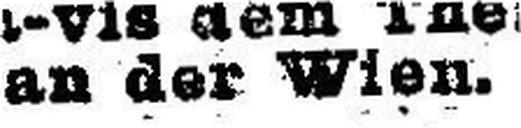
an der Wien.